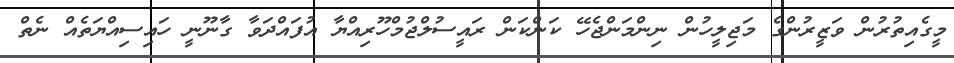
މީގެއިތުރުން ވަޒީރުންގެ މަޖިލީހުން ނިންމަންޖެހޭ ކަންކަން ރައީސުލްޖުމްހޫރިއްޔާ އުފައްދަވާ ގާނޫނީ ހައިސިއްޔަތެއް ނެތް